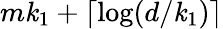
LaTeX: m\mathit{k}_{1}+\lceil\log(d/\mathit{k}_{1})\rceil